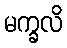
မက္ခလိ